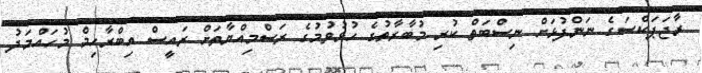
ރާޖަޕަކްސަގެ ނަންފުޅަށް ނިސްބަތް ކުރި މުބާރާތުގެ ހުޅުވުމުގެ ރަސްމިއްޔާތަށް ރައީސް އިބްރާހިމް މުހައްމަދު